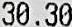
30.30